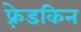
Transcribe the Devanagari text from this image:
फ़्रेडकिन